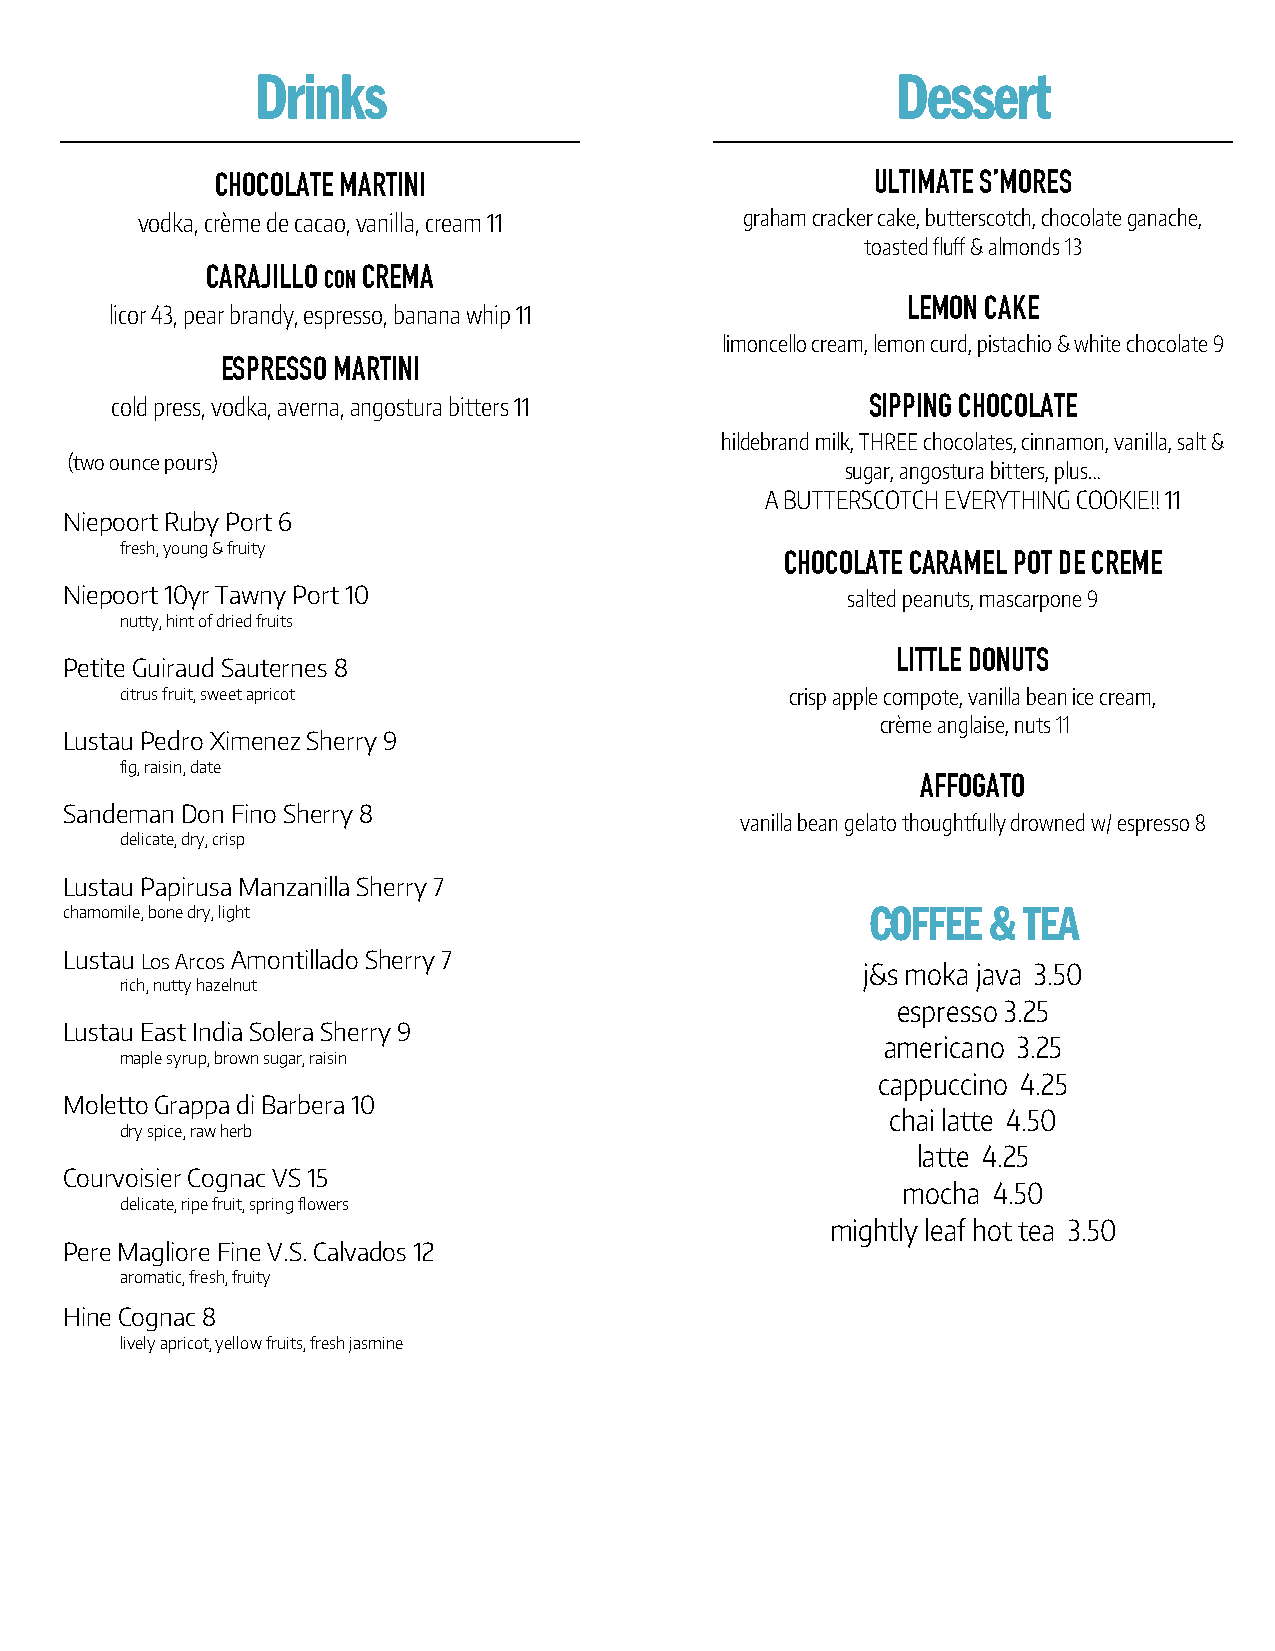
Drinks                                    Dessert
 CHOCOLATE MARTINI                           ULTIMATE S’MORES
 vodka, crème de cacao, vanilla, cream 11 graham cracker cake, butterscotch, chocolate ganache,
 toasted fluff & almonds 13
 CARAJILLO CON CREMA
 LEMON CAKE
 licor 43, pear brandy, espresso, banana whip 11
 limoncello cream, lemon curd, pistachio & white chocolate 9
 ESPRESSO MARTINI
 cold press, vodka, averna, angostura bitters 11    SIPPING CHOCOLATE
 hildebrand milk, THREE chocolates, cinnamon, vanilla, salt &
 (two ounce pours)
 sugar, angostura bitters, plus…
 A BUTTERSCOTCH EVERYTHING COOKIE!! 11
 Niepoort Ruby Port 6
 fresh, young & fruity
 CHOCOLATE CARAMEL POT DE CREME
 Niepoort 10yr Tawny Port 10                         salted peanuts, mascarpone 9
 nutty, hint of dried fruits
 LITTLE DONUTS
 Petite Guiraud Sauternes 8
 citrus fruit, sweet apricot                 crisp apple compote, vanilla bean ice cream,
 crème anglaise, nuts 11
 Lustau Pedro Ximenez Sherry 9
 fig, raisin, date
 AFFOGATO
 Sandeman Don Fino Sherry 8
 vanilla bean gelato thoughtfully drowned w/ espresso 8
 delicate, dry, crisp
 Lustau Papirusa Manzanilla Sherry 7
 chamomile, bone dry, light                            COFFEE  & TEA
 Lustau Los Arcos Amontillado Sherry 7
 j&s moka java 3.50
 rich, nutty hazelnut
 espresso 3.25
 Lustau East India Solera Sherry 9
 americano 3.25
 maple syrup, brown sugar, raisin
 cappuccino 4.25
 Moletto Grappa di Barbera 10
 chai latte 4.50
 dry spice, raw herb
 latte 4.25
 Courvoisier Cognac VS 15
 mocha 4.50
 delicate, ripe fruit, spring flowers
 mightly leaf hot tea 3.50
 Pere Magliore Fine V.S. Calvados 12
 aromatic, fresh, fruity
 Hine Cognac 8
 lively apricot, yellow fruits, fresh jasmine